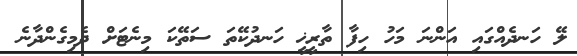
ލޭ ހަނދެއްގައި އަންނަ މަހު ހިފާ ތާރީޚީ ހަނދުކޭތަ ސަތޭކަ މިނެޓަށް ދެމިގެންދާނެ